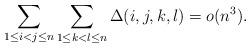
LaTeX: \begin{align*}\sum_{1 \le i < j \le n} \sum_{1 \le k < l \le n} \Delta(i, j, k, l) = o(n^3) .\end{align*}